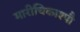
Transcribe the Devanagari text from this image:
मारीचिकाश्पौ